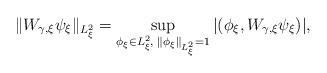
LaTeX: \begin{align*}\|W_{\gamma,\xi}\psi_\xi\|_{L_\xi^{2}}=\sup_{\phi_\xi\in L_\xi^{2},\; \|\phi_\xi\|_{L^2_\xi}=1}|(\phi_\xi,W_{\gamma,\xi}\psi_\xi)|,\end{align*}